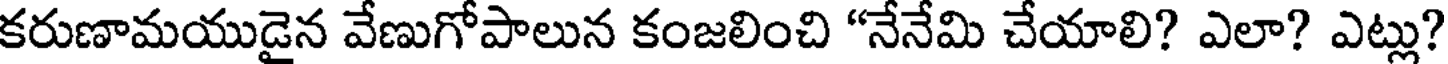
కరుణామయుడైన వేణుగోపాలున కంజలించి "నేనేమి చేయాలి? ఎలా? ఎట్లు?